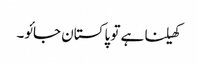
کھیلنا ہے تو پاکستان جائو۔